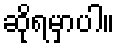
ဆိုရမှာပါ။